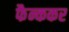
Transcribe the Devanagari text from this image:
फैन्ककर